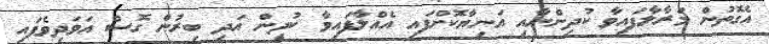
އެގޮތުން މަރާލާފައިވާ ކުދިންނާއި އަނިޔާކޮށްފައި އެއްލާފައިވާ ކުދިން އަދި ބިރުން ގޮސް އަވަދިވެފައި